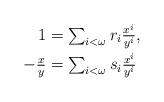
LaTeX: \begin{align*}1 &= \textstyle\sum_{i<\omega} r_i \frac{x^i}{y^i},\\-\tfrac xy &= \textstyle\sum_{i<\omega} s_i \frac{x^i}{y^i}\end{align*}